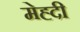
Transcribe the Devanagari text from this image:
मेह्दी